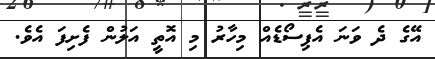
އޭގެ ދެ ވަނަ އެޕިސޯޑެއް މިހާރު މި އޮތީ އަލުން ފެށިފަ އެވެ.